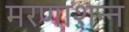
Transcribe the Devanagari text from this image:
मरणाशन्‍न